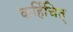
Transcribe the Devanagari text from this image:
कर्हिचित्